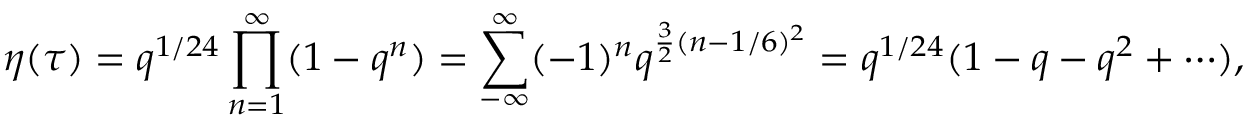
\eta ( \tau ) = q ^ { 1 / 2 4 } \prod _ { n = 1 } ^ { \infty } ( 1 - q ^ { n } ) = \sum _ { - \infty } ^ { \infty } ( - 1 ) ^ { n } q ^ { \frac { 3 } { 2 } ( n - 1 / 6 ) ^ { 2 } } = q ^ { 1 / 2 4 } ( 1 - q - q ^ { 2 } + \cdots ) ,